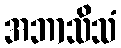
အဘာသိသံ